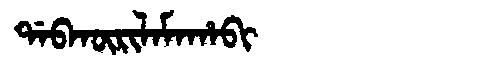
Manchu: ᡩᠠᠪᡴᡡᡵᡳᠯᠠᠮᠠᡥᠠᠪᡳ
Romanization: DABKŪRILAMAHABI